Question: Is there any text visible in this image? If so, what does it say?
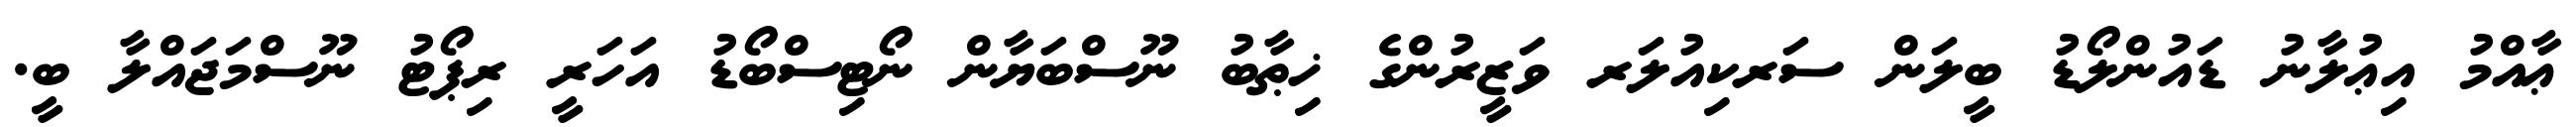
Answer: ޢާއްމު އިޢުލާނު ޑައުންލޯޑު ބީލަން ސަރކިއުލަރ ވަޒީރުންގެ ޚިޠާބު ނޫސްބަޔާން ނޯޓިސްބޯޑު އަހަރީ ރިޕޯޓު ނޫސްމަޖައްލާ ބީ.